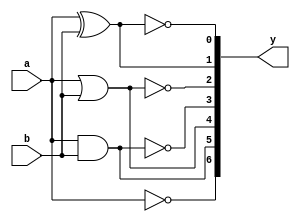
`timescale 1ns / 1ps

//Behavioral Modelling
module Basic_gates(
    input a,
    input b,
    output reg[0:6]y  //for Behavioral Modelling the output is declared with reg
    );
    always @ (a or b)
    begin
    y[0]=~a;        //Not gate
    y[1]=a&b;       //And gate
    y[2]=a|b;       //Or gate
    y[3]=~(a &b);   //Nand gate    
    y[4]=~(a|b);    //Nor gate
    y[5]=a^b;       //Ex-or gate
    y[6]=~(a^b);    //Ex-nor gate
    end
    endmodule